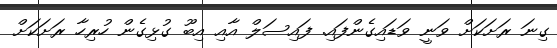
ގިނަ ރަށަކަށް ވަނީ ވަޑައިގެންފައި. ފައިސަލް އާއި އިބޫ ގުޅިގެން ހުރިހާ ރަށަކަށް